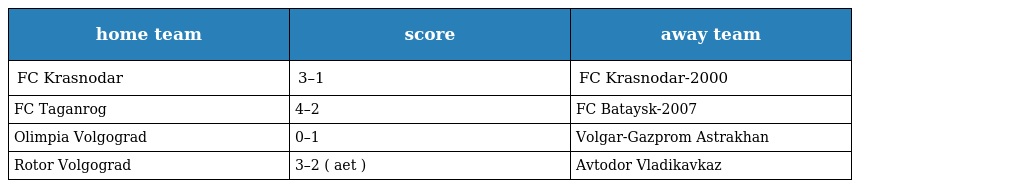
| home team | score | away team |
 | --- | --- | --- |
 | FC Krasnodar | 3–1 | FC Krasnodar-2000 |
 | FC Taganrog | 4–2 | FC Bataysk-2007 |
 | Olimpia Volgograd | 0–1 | Volgar-Gazprom Astrakhan |
 | Rotor Volgograd | 3–2 ( aet ) | Avtodor Vladikavkaz |